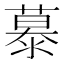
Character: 𪷂